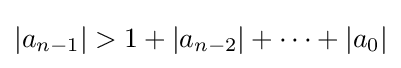
|a_{n-1}|>1+|a_{n-2}|+\cdots +|a_{0}|